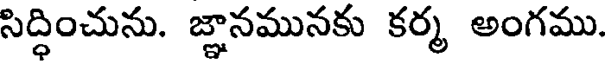
సిద్ధించును. జ్ఞానమునకు కర్మ అంగము.